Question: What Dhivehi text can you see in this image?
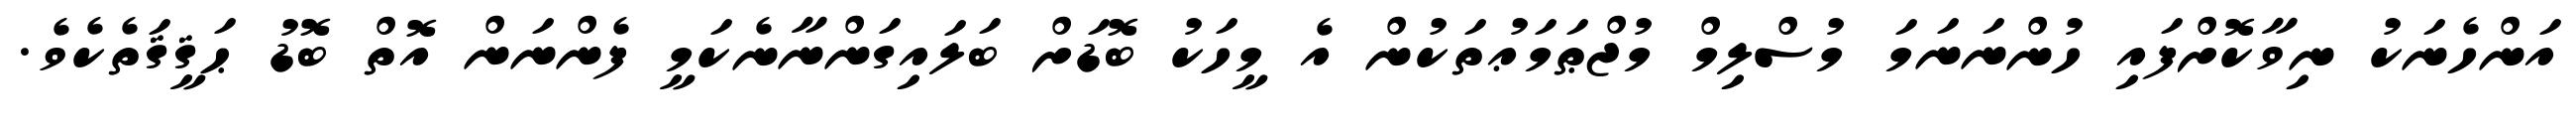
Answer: އަންހެނަކު ނިވާކޮށްފައި ހުންނަނަމަ މުސްލިމް މުޖްޠަމަޢުތަކުން އެ މީހަކު ބޮޑަށް ބަލައިގަންނާނެކަމީ ފެންނަން އޮތް ބޮޑު ޙަޤީޤަތެކެވެ.